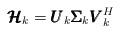
LaTeX: \begin{align*} \pmb{\mathcal{H}}_k = \pmb{U}_k\pmb{\Sigma}_k\pmb{V}_k^H\end{align*}